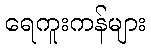
ရေကူးကန်များ